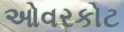
ઓવરકોટ